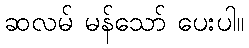
ဆလမ် မန်သော် ပေးပါ။